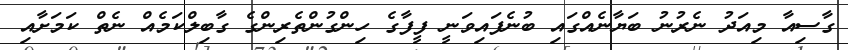
ގާސިއާ މިއަދު ނެރުނު ބަޔާނެއްގައި ބުނެފައިވަނީ ފީފާގެ ހިންގުންތެރިންގެ ގާބިލްކަމެއް ނެތް ކަމަށާއި